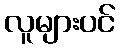
လူများပင်